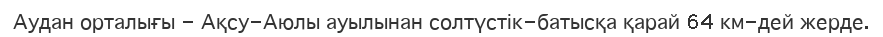
Аудан орталығы - Ақсу-Аюлы ауылынан солтүстік-батысқа қарай 64 км-дей жерде.